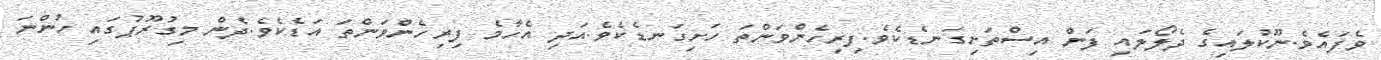
ވެފައެވެ.ނޫކުލައިގެ ދެލޯލައި ފަން އިސްތަށިގަނޑެކެވެ.ފިރިހެންވަންތަ ހަށިގަނޑެކެވެ.އަދި އެހާމެ ފިރިހެންވަންތަ އަޑެކެވެ.ދެން މިގުރޫޕުގައި ހުންނަ